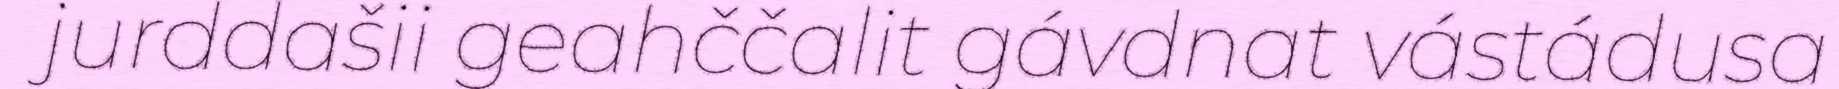
jurddašii geahččalit gávdnat vástádusa